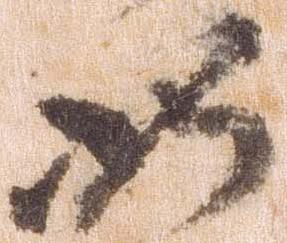
如